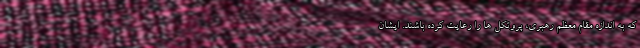
که به اندازه مقام معظم رهبری، پروتکل ها را رعایت کرده باشند. ایشان